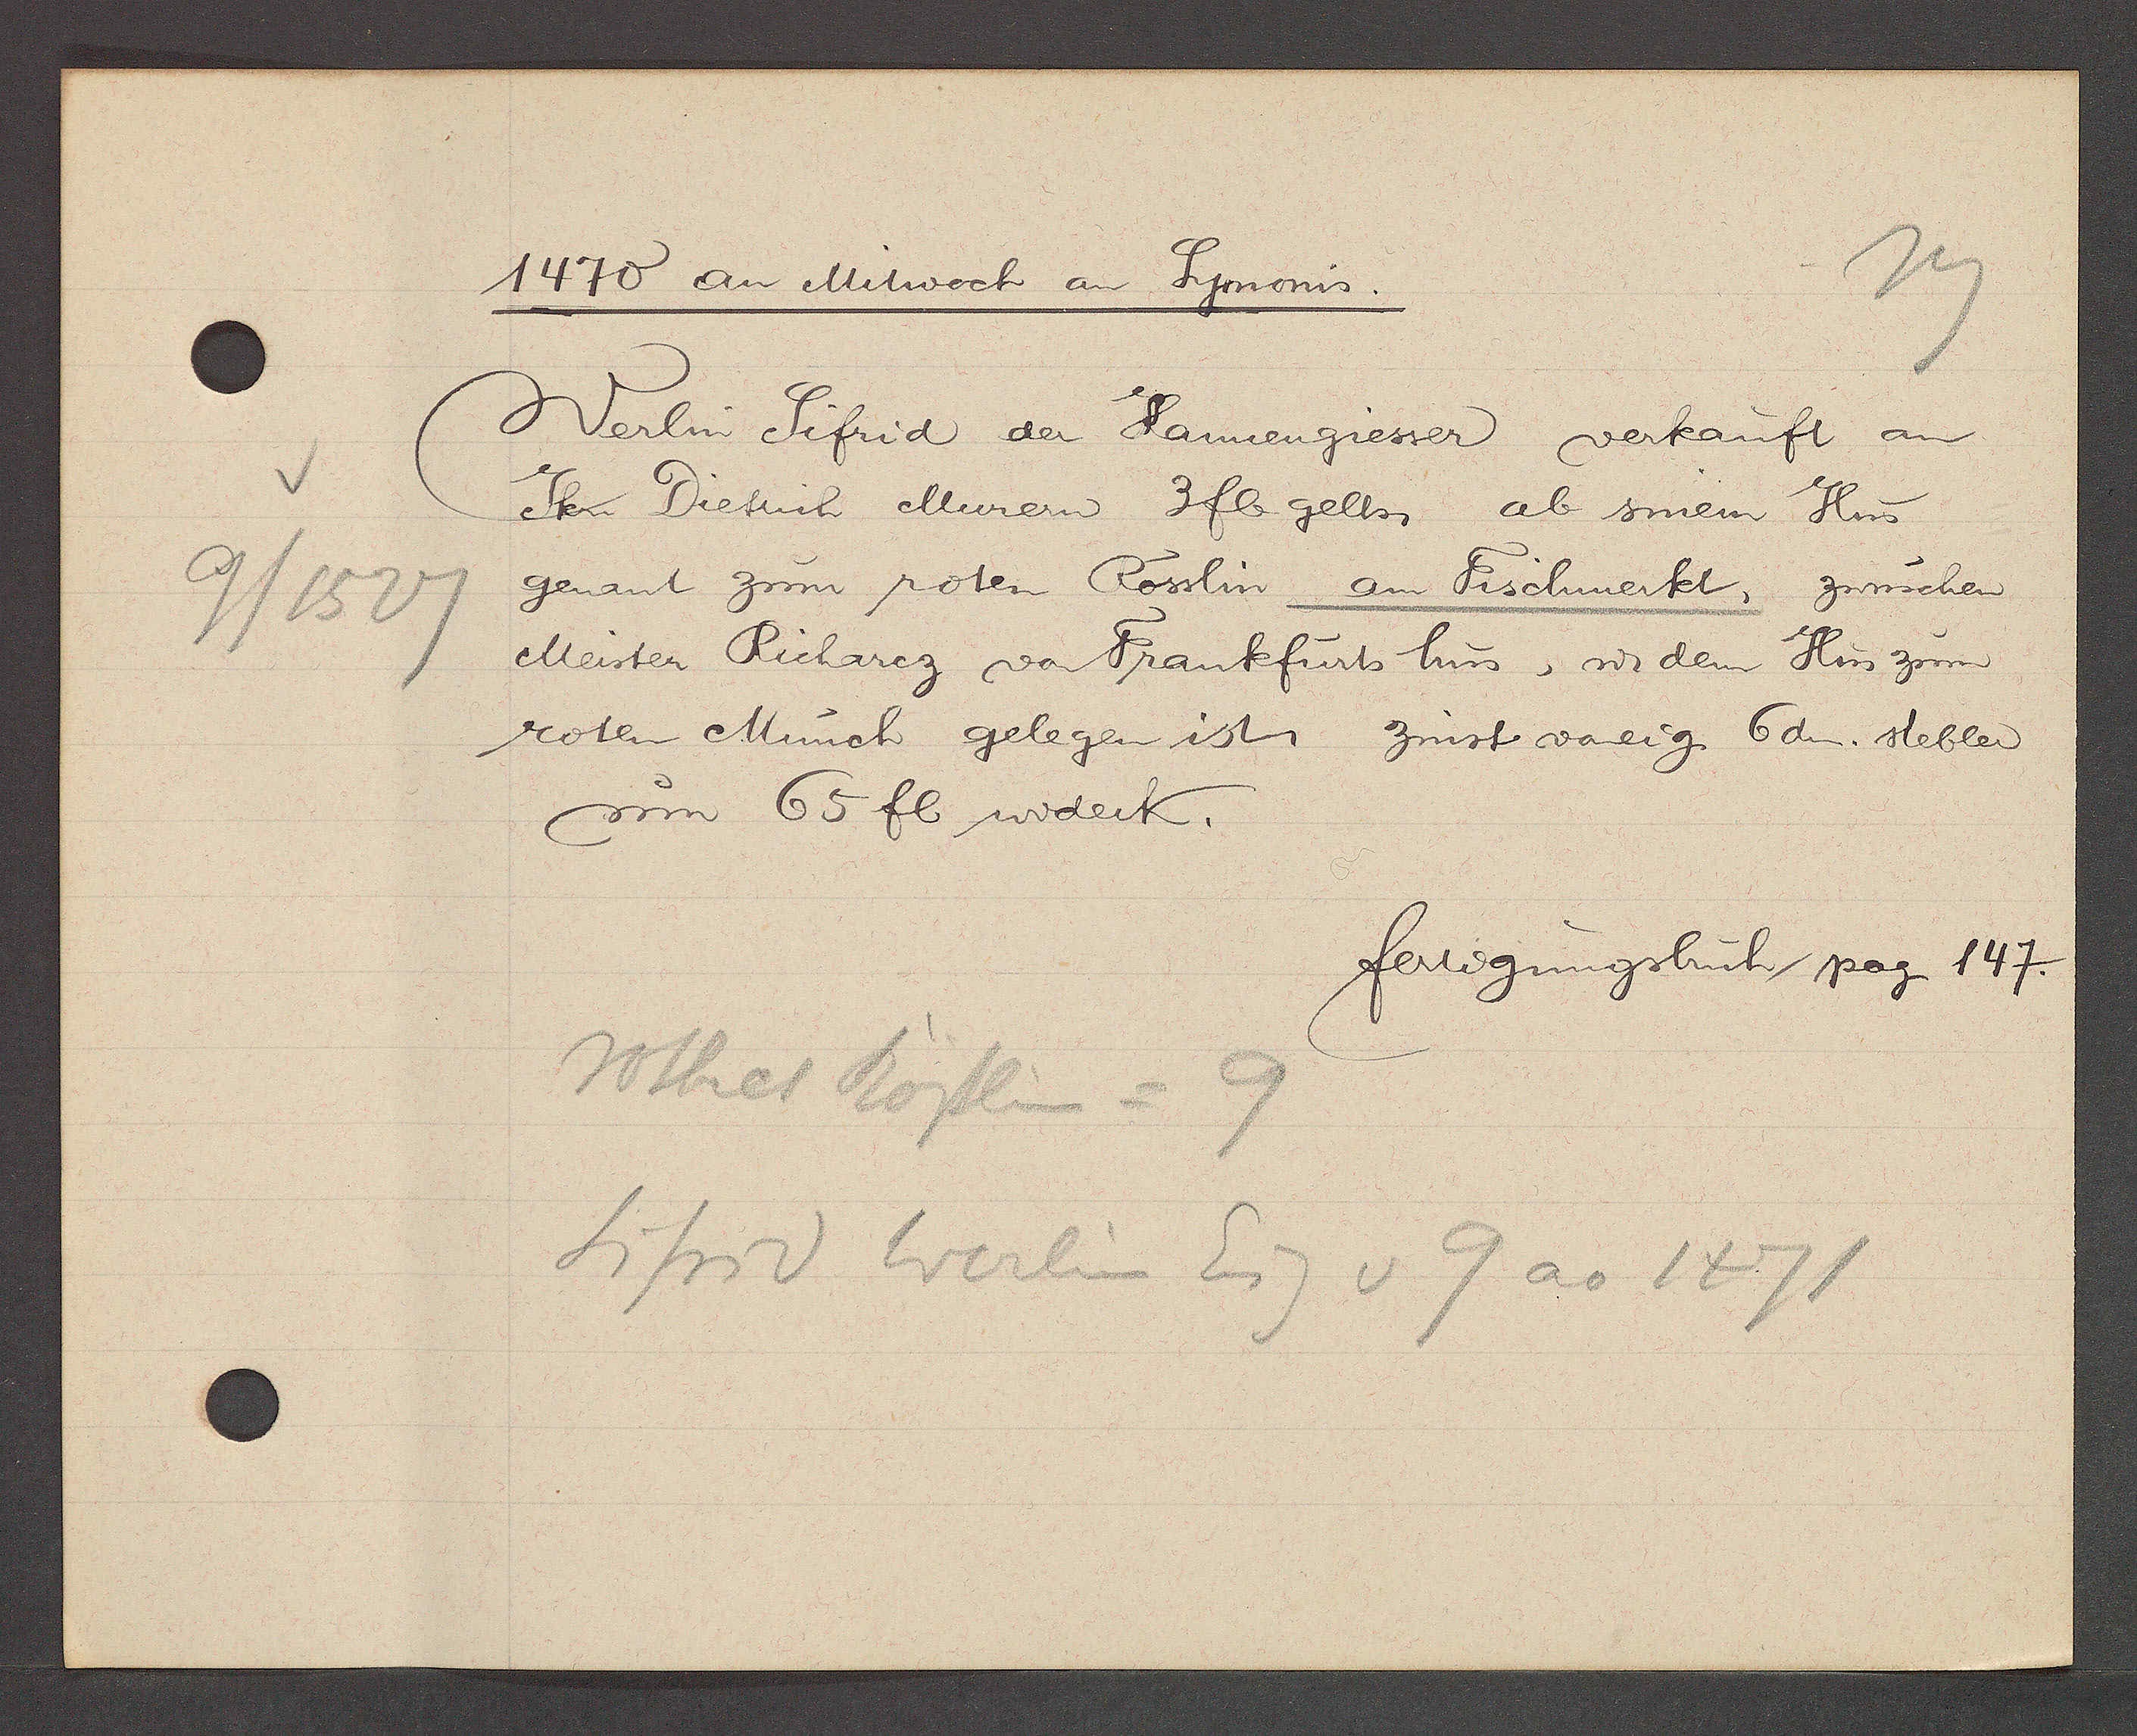
Transcript:
9/1527

Symonis.
1470 an Mitwoch an

Werlin Sifrid der Kannengiesser verkauft an
Jkn Dietrich Murern 3fl gelts, ab sinem Hus
genant zum roten Rösslin am Fischmerkt, zwuschen
Meister Richarcz von Frankfurts hus, ư dem Hus zum
roten Münch gelegen ist, zinst voneig. 6dn. stebler
um 65 fl widerk.

fertigungsbuch pag. 147.

Rothes Rösslin = 9
Sifrid Werlin Eig v 9 ao 1471